342_HS1-416511228_319.1 Flying Discs 1949
Agency: Department of War
Incident date: 1/9/50
Page 135
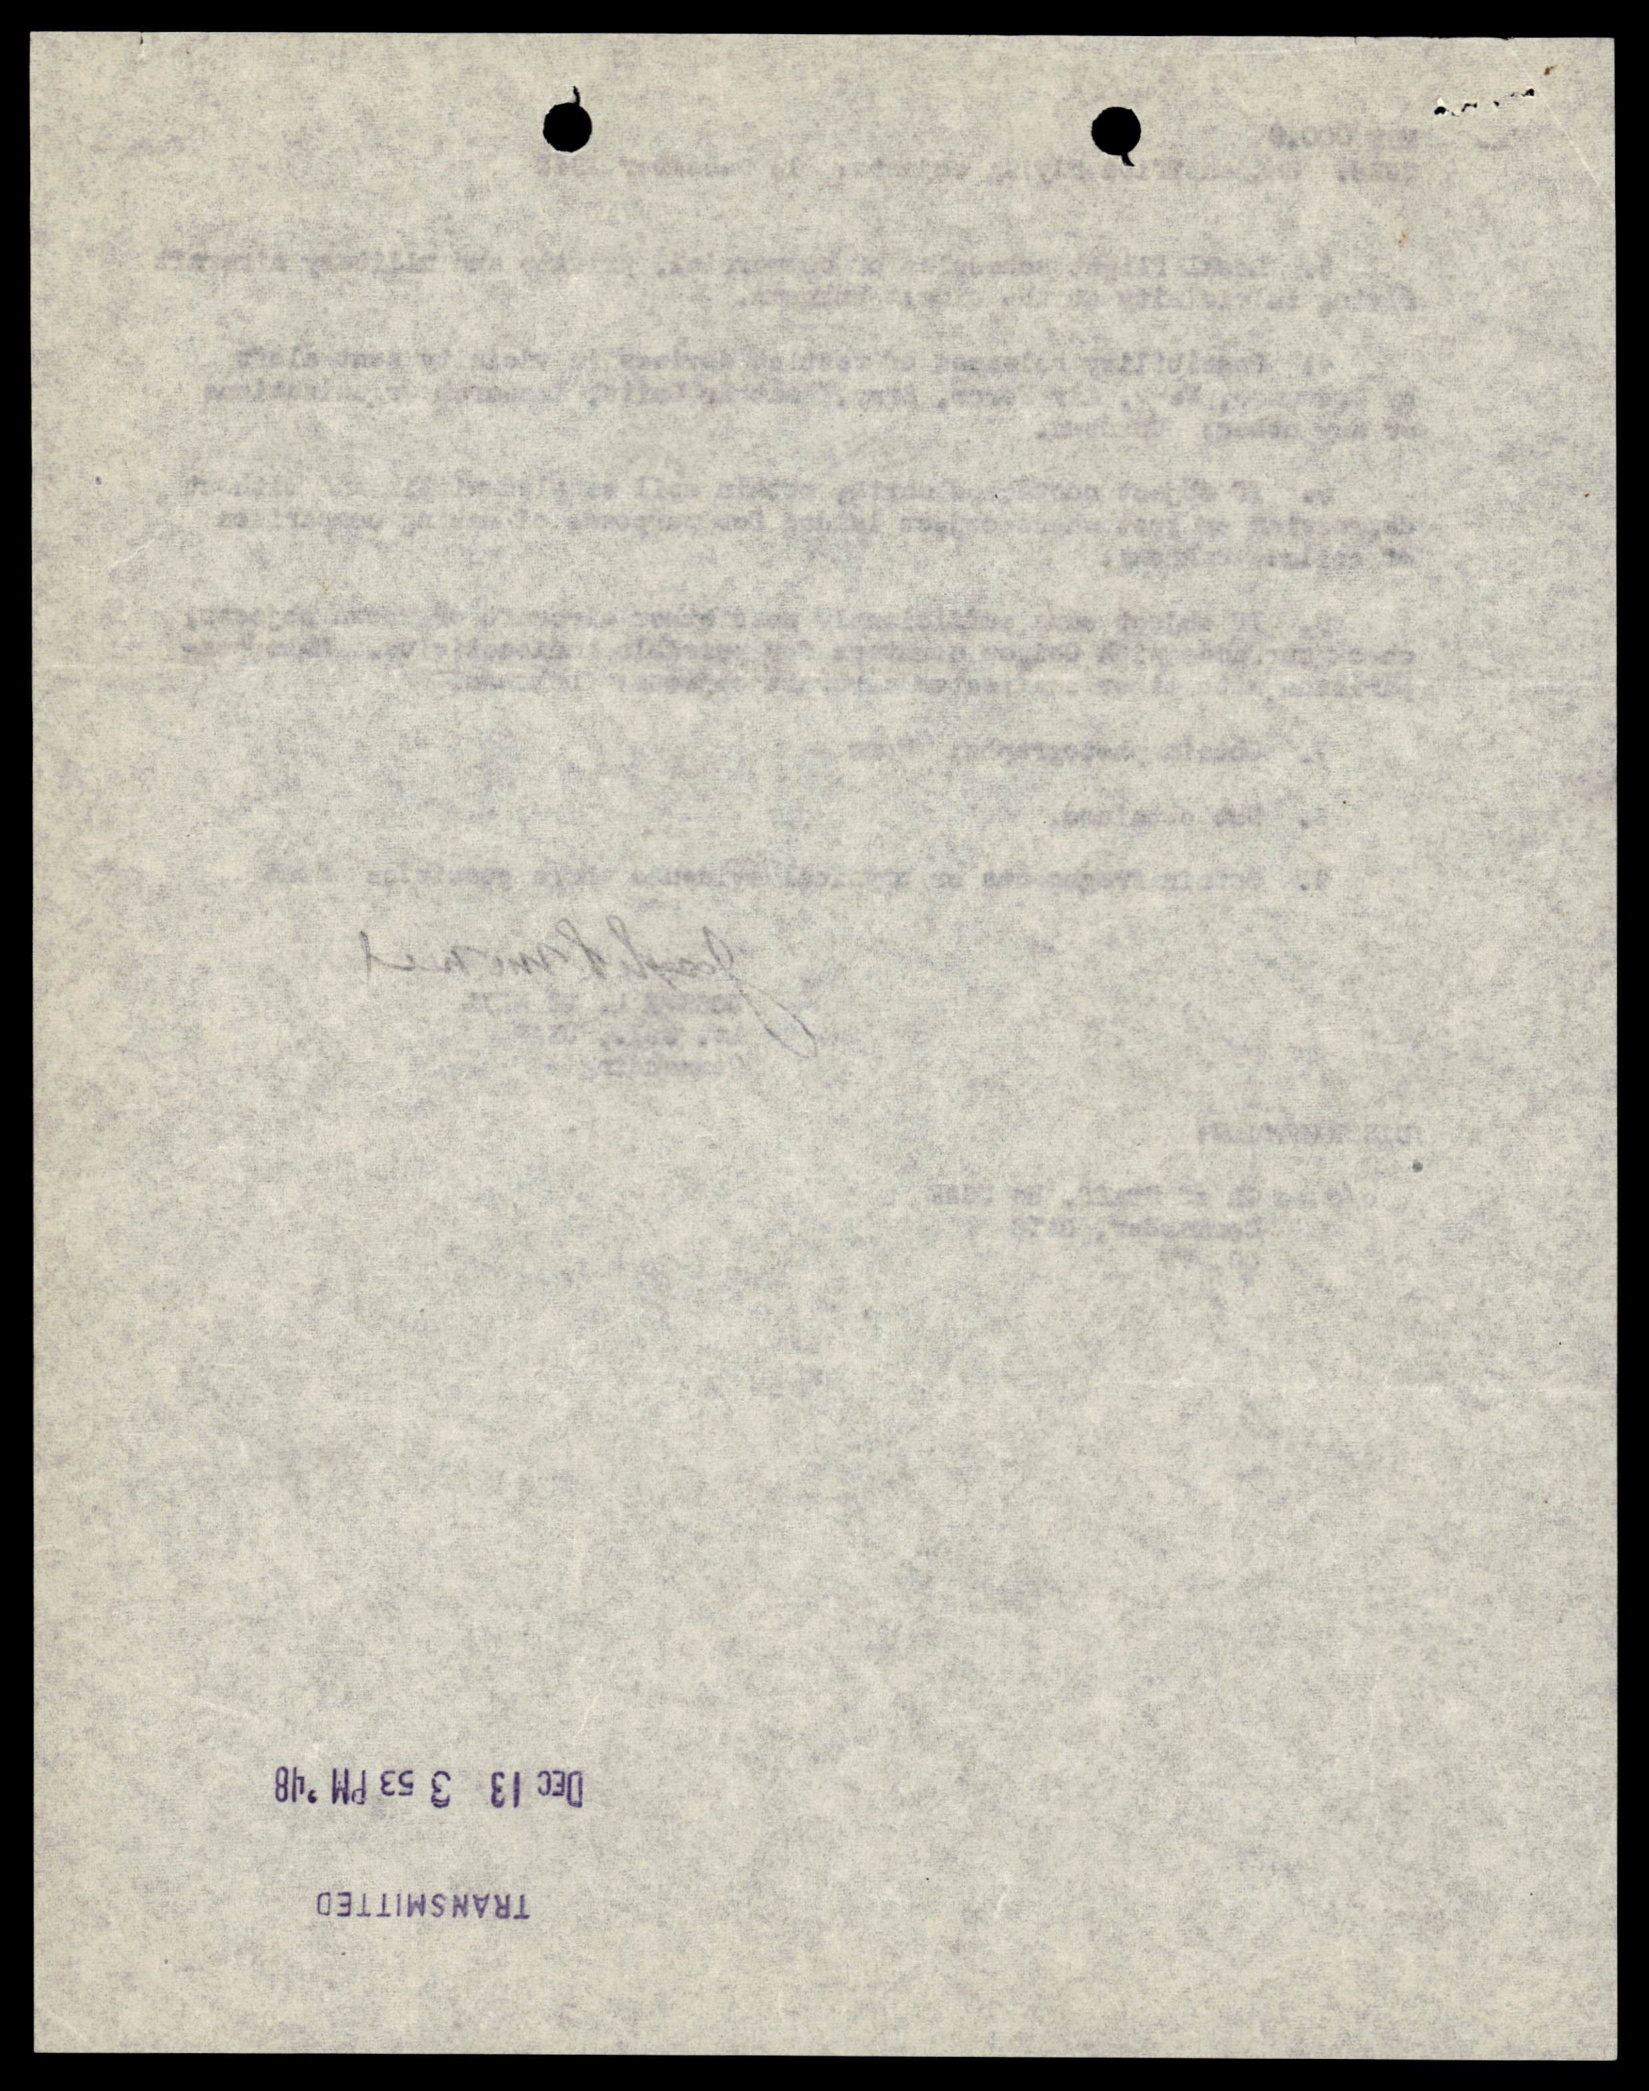